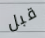
قبل